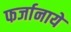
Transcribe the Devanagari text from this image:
फर्जानाये